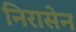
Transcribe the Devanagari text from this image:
निरासेन